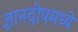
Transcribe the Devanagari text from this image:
ज्ञानदीपमध्ये